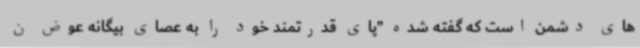
های دشمن است که گفته شده ”پای قدرتمند خود را به عصای بیگانه عوض ن